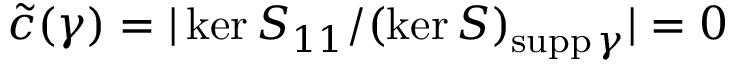
\widetilde c ( \gamma ) = | \ker S _ { 1 1 } / ( \ker S ) _ { \mathrm { s u p p } \, \gamma } | = 0